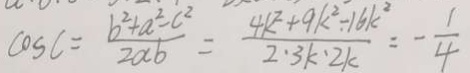
\cos C = \frac { b ^ { 2 } + a ^ { 2 } - c ^ { 2 } } { 2 a b } = \frac { 4 k ^ { 2 } + 9 k ^ { 2 } - 1 6 k ^ { 2 } } { 2 \cdot 3 k \cdot 2 k } = - \frac { 1 } { 4 }